Problem: 45 + 45 = ?
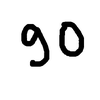
Handwritten answer: 90